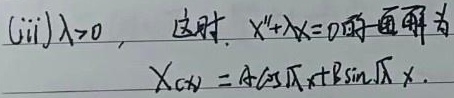
(iii) $\lambda>0$，这时，$X''+\lambda X = 0$ 的通解为
\[X(x)=A\cos\sqrt{\lambda}x + B\sin\sqrt{\lambda}x.\]